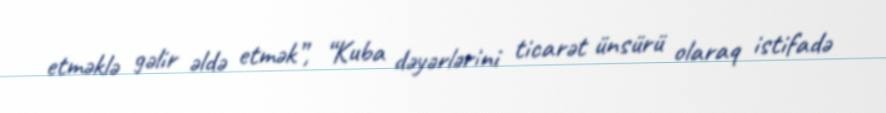
etməklə gəlir əldə etmək”, “Kuba dəyərlərini ticarət ünsürü olaraq istifadə